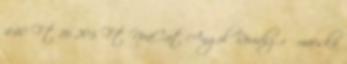
440 Ft 16 205 Ft NoaCat Angol Rövidszőrű macska